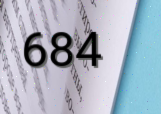
684